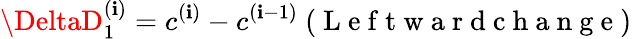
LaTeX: \DeltaD_{1}^{(\mathbf{i})}=c^{(\mathbf{i})}-c^{(\mathbf{i}-1)}\mathrm{{~(~L~e~f~t~w~a~r~d~c~h~a~n~g~e~)~}}